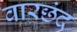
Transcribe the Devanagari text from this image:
वारछंद